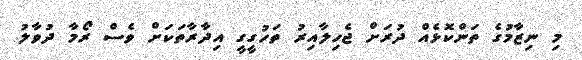
މި ނިޒާމުގެ ތަންކޮޅެއް ދުރަށް ޖެހިލާއިރު ތަހުގީގީ އިދާރާތަކަށް ވެސް ރޯމާ ދުވާލު